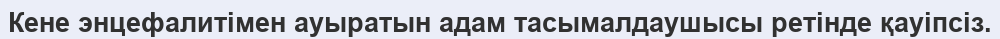
Кене энцефалитімен ауыратын адам тасымалдаушысы ретінде қауіпсіз.